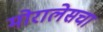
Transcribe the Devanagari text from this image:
मोरालेसचा